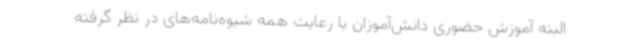
البته آموزش حضوری دانش‌آموزان با رعایت همه شیوه‌نامه‌های در نظر گرفته